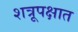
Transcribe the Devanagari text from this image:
शत्रूपक्षात